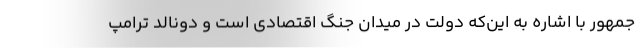
جمهور با اشاره به این‌که دولت در میدان جنگ اقتصادی است و دونالد ترامپ